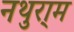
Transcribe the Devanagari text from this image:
नथुरा्म